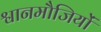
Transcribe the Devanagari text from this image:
श्वानमौजियों